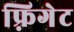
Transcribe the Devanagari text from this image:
फ़्रिगेट